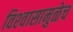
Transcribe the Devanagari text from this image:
विश्‍वासामुळेच